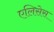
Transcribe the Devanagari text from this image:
एलिसेस